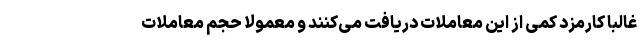
غالبا کارمزد کمی از این معاملات دریافت می‌کنند و معمولا حجم معاملات